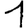
Digit: 1